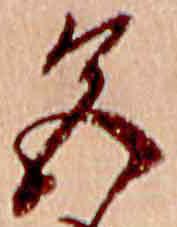
色